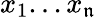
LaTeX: x_{1}...x_{\mathfrak{n}}